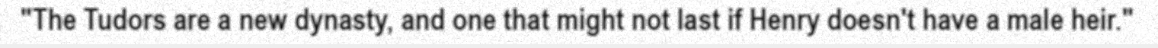
"The Tudors are a new dynasty, and one that might not last if Henry doesn't have a male heir."